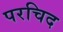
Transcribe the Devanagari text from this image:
परचिद